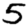
Digit: 5